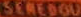
SEREDOU